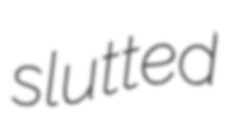
slutted